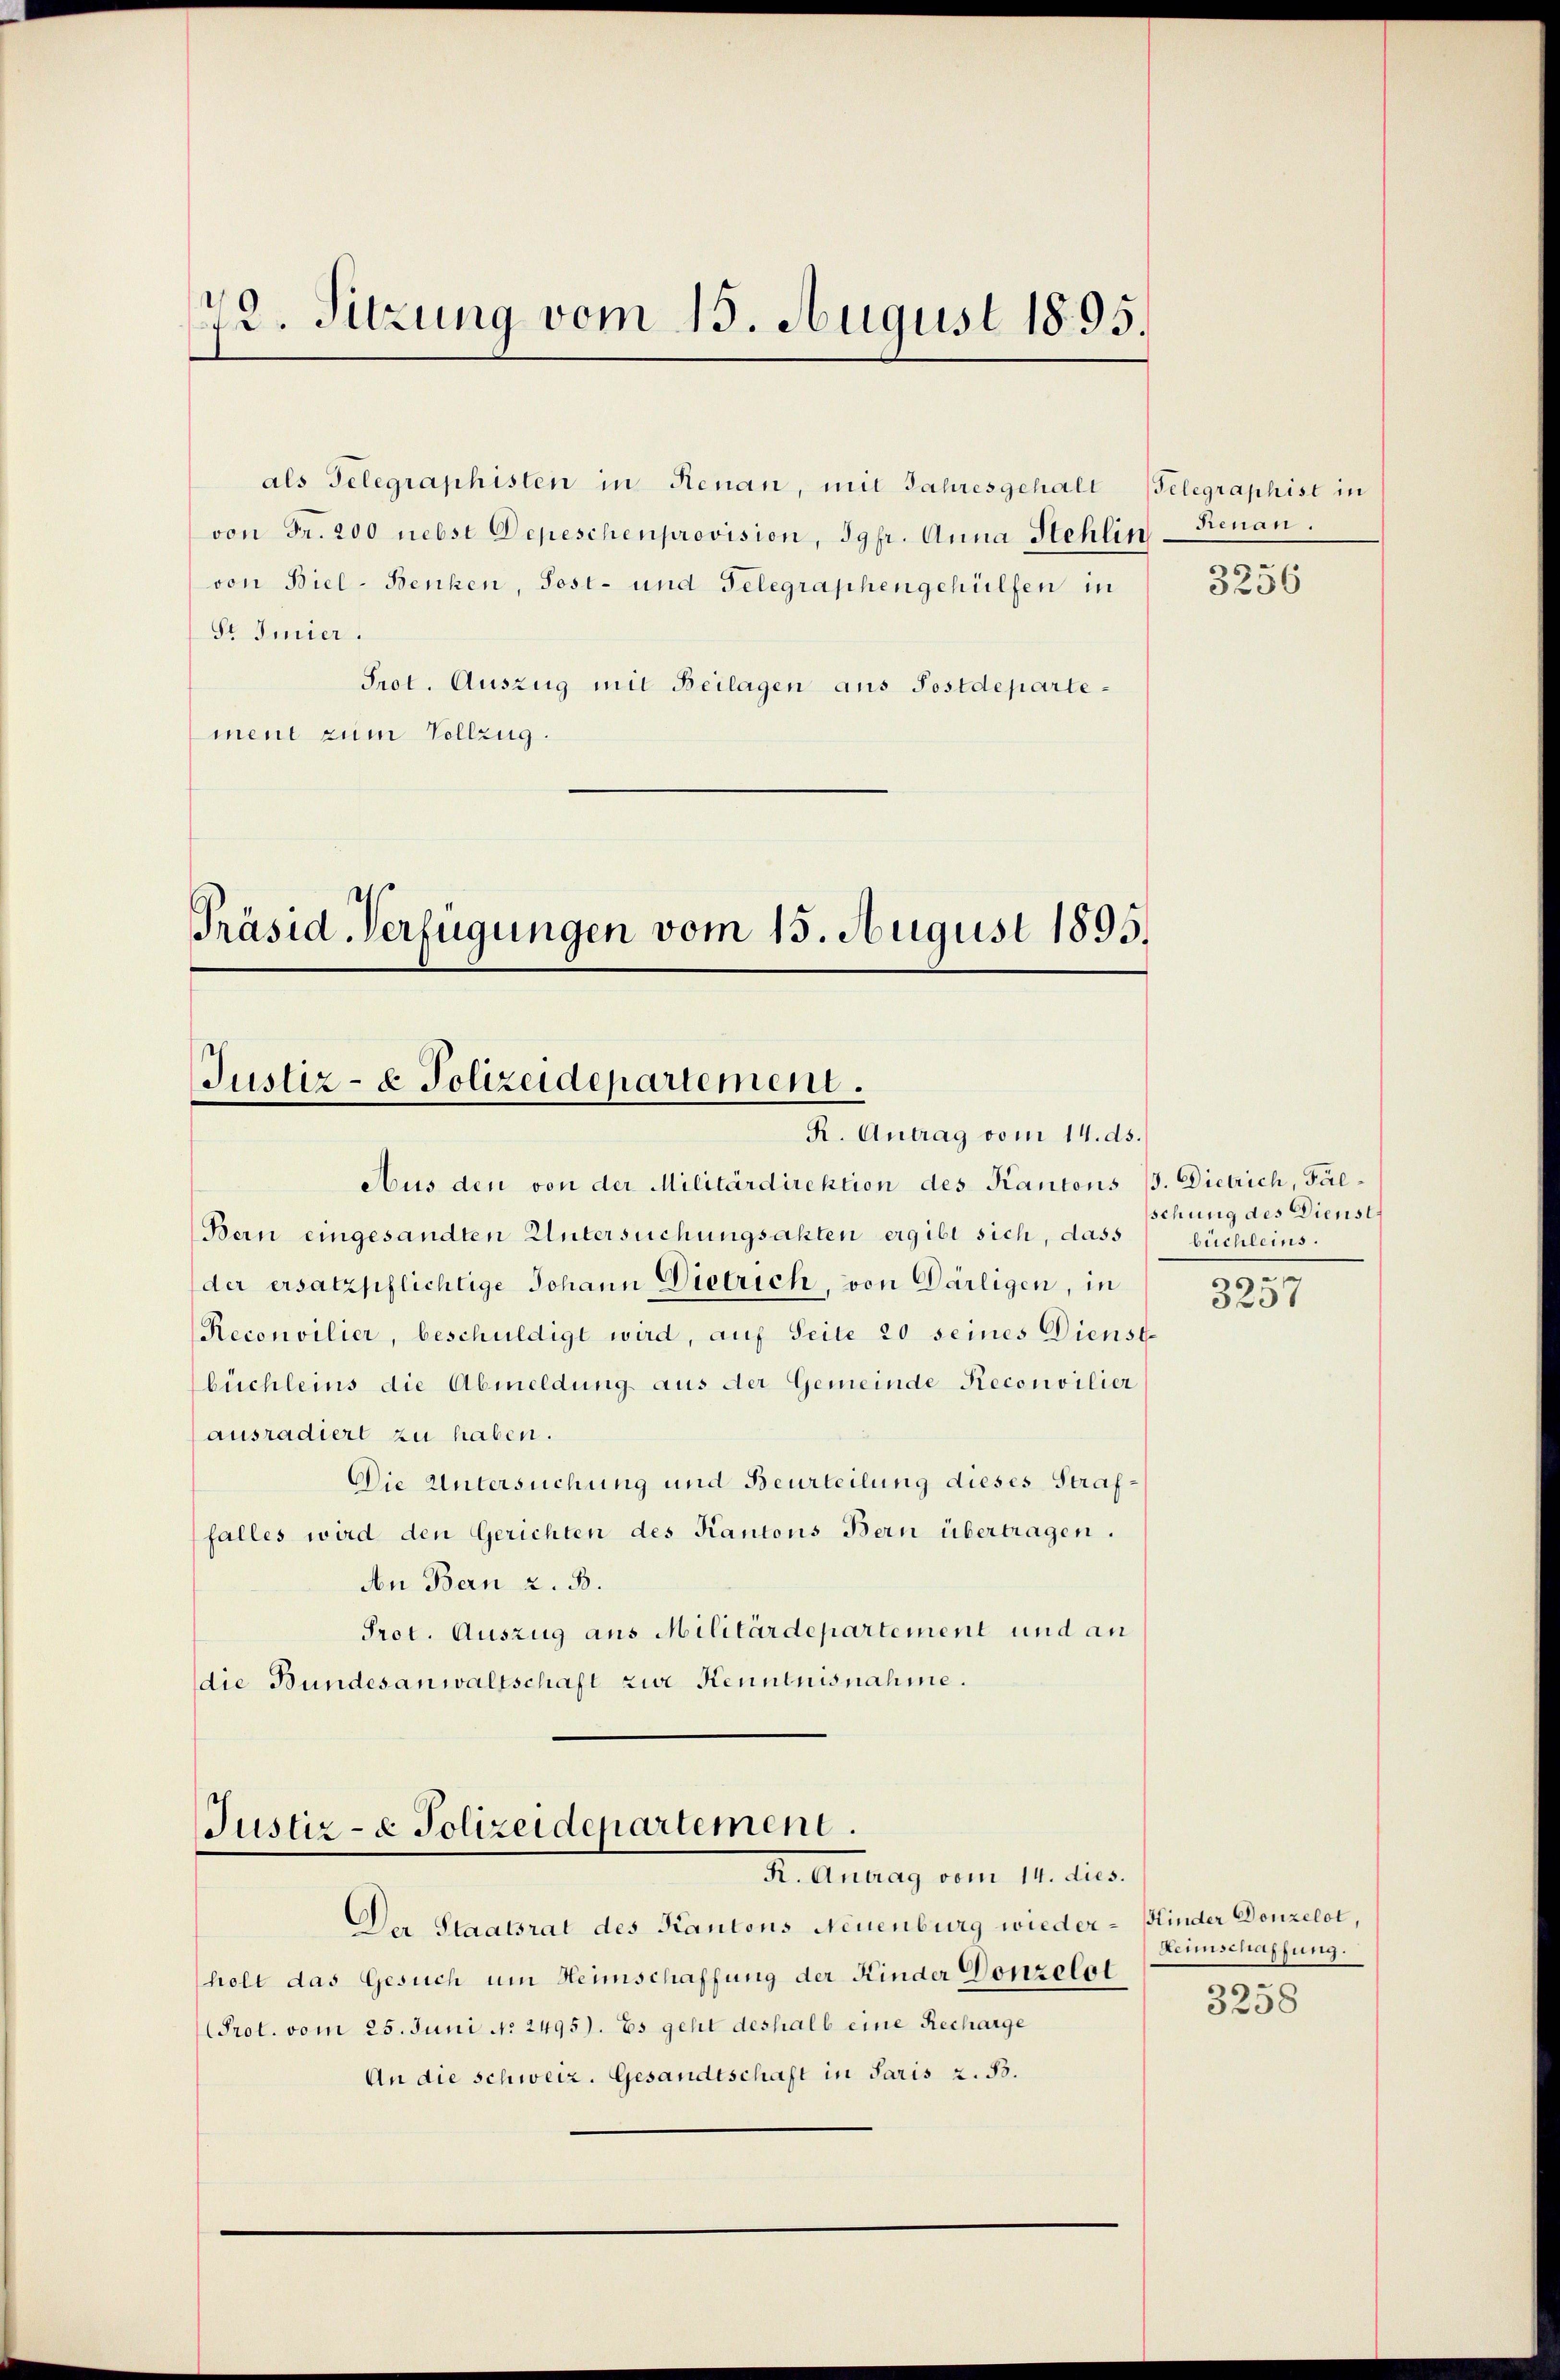
72. Sitzung vom 15. August 1895.

als Telegraphisten in Renan, mit Jahresgehalt Telegraphist in
von Fr. 200 nebst Depeschenprovision, Jgfr. Anna Stehlin
von Biel-Benken, Post- und Gelegraphengehülfen in
Sr Imier.
Prot. Auszug mit Beilagen aus Postdepartement zum Vollzug.

Präsid. Verfügungen vom 15. August 1895.
Justiz- & Polizeidepartement.
R. Antrag vom 14. ds.

Aus den von der Militärdirektion des Kantons 13. Dietrich, Pal¬
Bern eingesandten Untersuchungsakten ergibt sich, dass büchleins.
der ersatzpflichtige Johann Dietrich, von Darligen, in
Reconvilier, beschuldigt wird, auf Seite 20 seines Dienst
büchleins die Abmeldung aus der Gemeinde Reconsilier
ausradiert zu haben.
Die Untersuchung und Beurteilung dieses Straffalles wird den Gerichten des Kantons Bern übertragen.
An Bern z. B.
Prot. Auszug aus Militärdepartement und an
die Bundesanwaltschaft zur Kenntnisnahme.

Justiz- & Polizeidepartement.
H. Antrag vom 11. dies

Der Staatsrat des Kantons Neuenburg wiederholt das Gesuch um Heimschaffung der Kinder Donzelot
Prot. vom 25. Juni No 2495). Es geht deshalb eine Recharge
An die Schweiz. Gesandtschaft in Paris z. B.

Renan.
m

5236

schung des Dienst
n

5201

Kinder Donzelot,
Heimschaffung.

3258